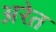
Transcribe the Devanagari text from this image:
अरेत